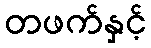
တဖက်နှင့်